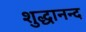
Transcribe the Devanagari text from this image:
शुद्धानन्द